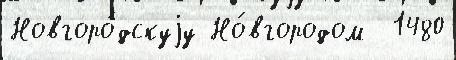
Новгоро́дскуjу Но́вгородом  1480